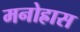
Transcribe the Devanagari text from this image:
मनोह्रास